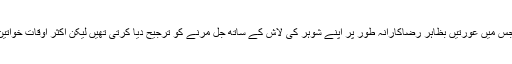
کچھ عرصے پہلے تک اس رسم کا رواج تھا جس میں عورتیں بظاہر رضاکارانہ طور پر اپنے شوہر کی لاش کے ساتھ جل مرنے کو ترجیح دیا کرتی تھیں لیکن اکثر اوقات خواتین کو اس امر کے لیے مجبور بھی کیا جاتا تھا۔